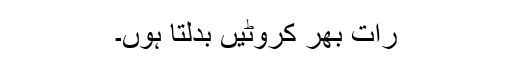
رات بھر کروٹیں بدلتا ہوں۔